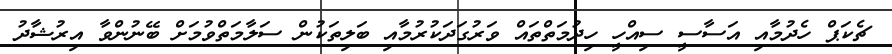
ޗެކަޕް ހެދުމާއި އަސާސީ ސިއްހީ ހިދުމަތްތައް ވަރުގަދަކުރުމާއި ބަލިތަކުން ސަލާމަތްވުމަށް ބޭނުންވާ އިރުޝާދު